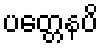
ပတ္တေနပိ